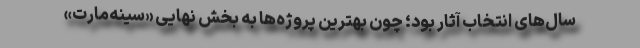
سال‌های انتخاب آثار بود؛ چون بهترین پروژه‌ها به بخش نهایی «سینه‌مارت»